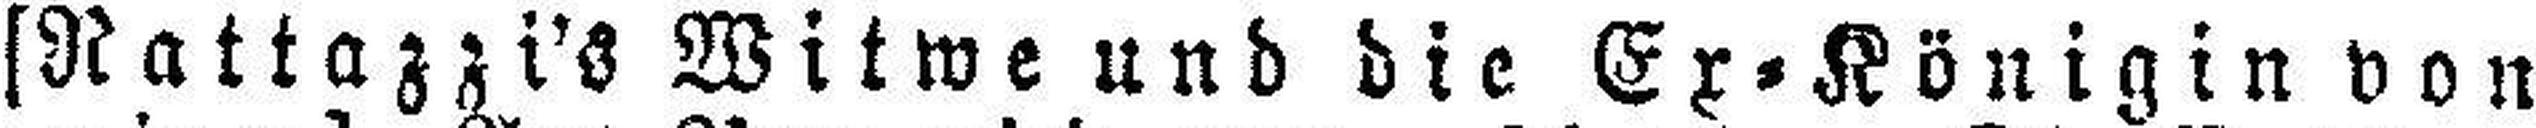
[Rattazzi's Witwe und die Ex=Königin von